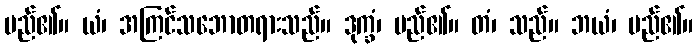
မည်၏။ ယံ၊ အကြင်သဘောတရားသည်။ ဒုက္ခံ၊ မည်၏။ တံ၊ သည်။ ဘယံ၊ မည်၏။